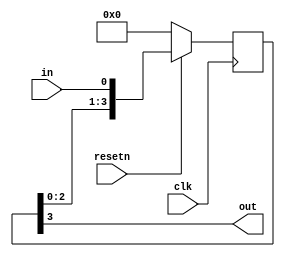
module top_module (
    input clk,
    input resetn,   // synchronous reset
    input in,
    output out);
 
    wire [3:0] otemp;
    always @(posedge clk) begin
        if(!resetn)
            otemp <= 0;
        else
            otemp <= { otemp[2:0], in };
    end
    assign out = otemp[3];
endmodule